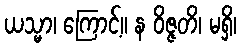
ယသ္မာ၊ ကြောင့်။ န ဝိဇ္ဇတိ၊ မရှိ၊